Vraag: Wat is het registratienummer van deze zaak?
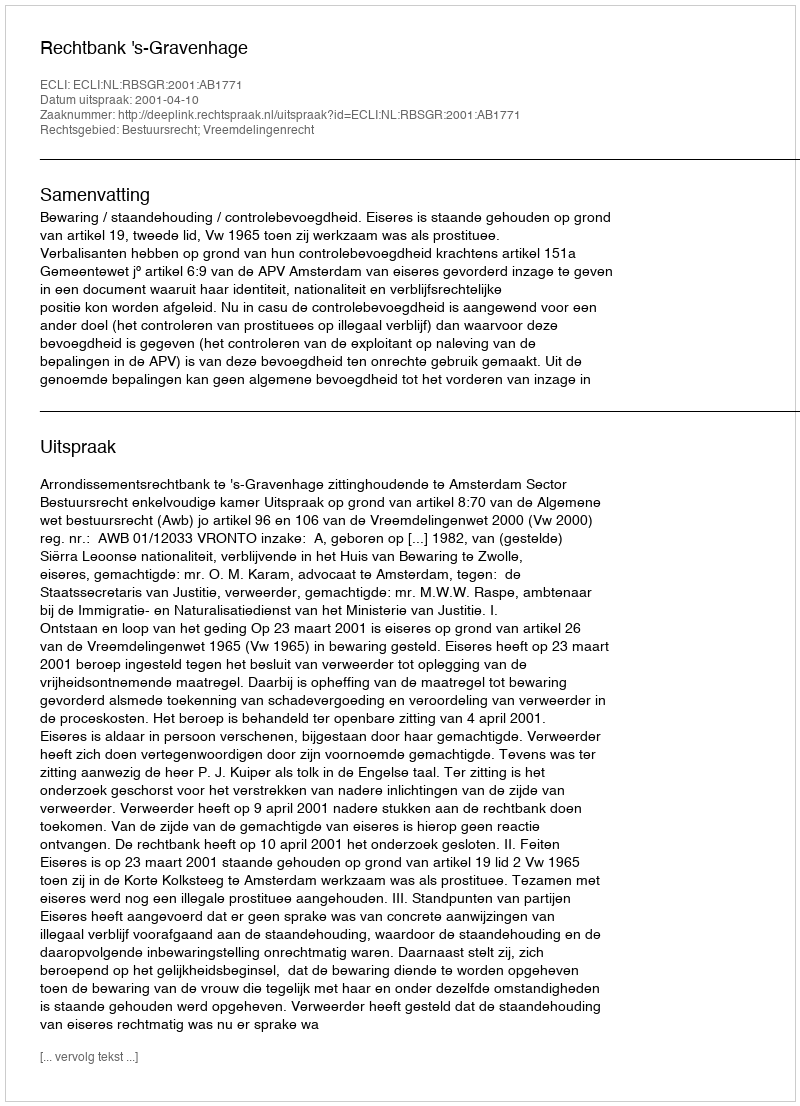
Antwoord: http://deeplink.rechtspraak.nl/uitspraak?id=ECLI:NL:RBSGR:2001:AB1771